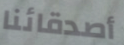
أصدقائنا